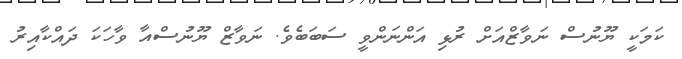
ކަމަކީ ޔޫނުސް ނަވާޒްއަށް ރުޅި އަންނަންވީ ސަބަބެވެ. ނަވާޒް ޔޫނުސްއާ ވާހަކަ ދައްކާއިރު